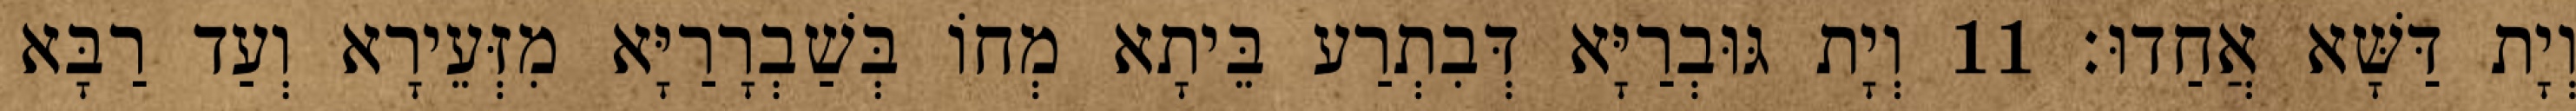
וְיָת דַּשָּׁא אֲחַדוּ׃ 11 וְיָת גּוּבְרַיָּא דְּבִתְרַע בֵּיתָא מְחוֹ בְּשַׁבְרָרַיָּא מִזְּעֵירָא וְעַד רַבָּא